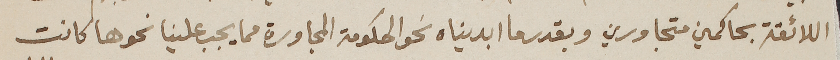
اللائقة بحاكمين متجاورين وبقدرما ابديناه نحو الحكومة المجاورة مما يجب علينا نحوها كانت